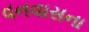
વનવાસના